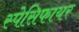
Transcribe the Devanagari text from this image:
स्पेसिफायर